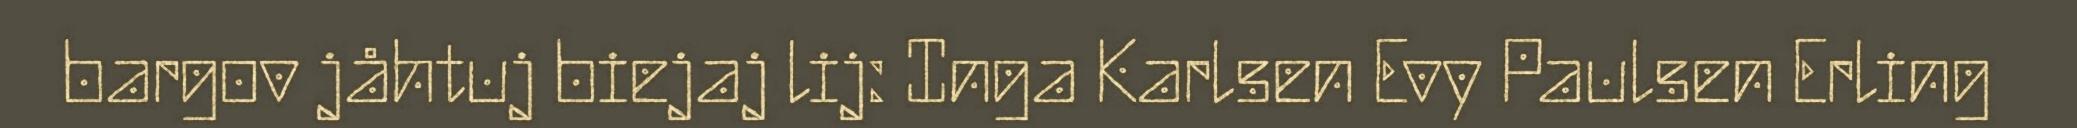
bargov jåhtuj biejaj lij: Inga Karlsen Evy Paulsen Erling